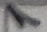
Text: 1